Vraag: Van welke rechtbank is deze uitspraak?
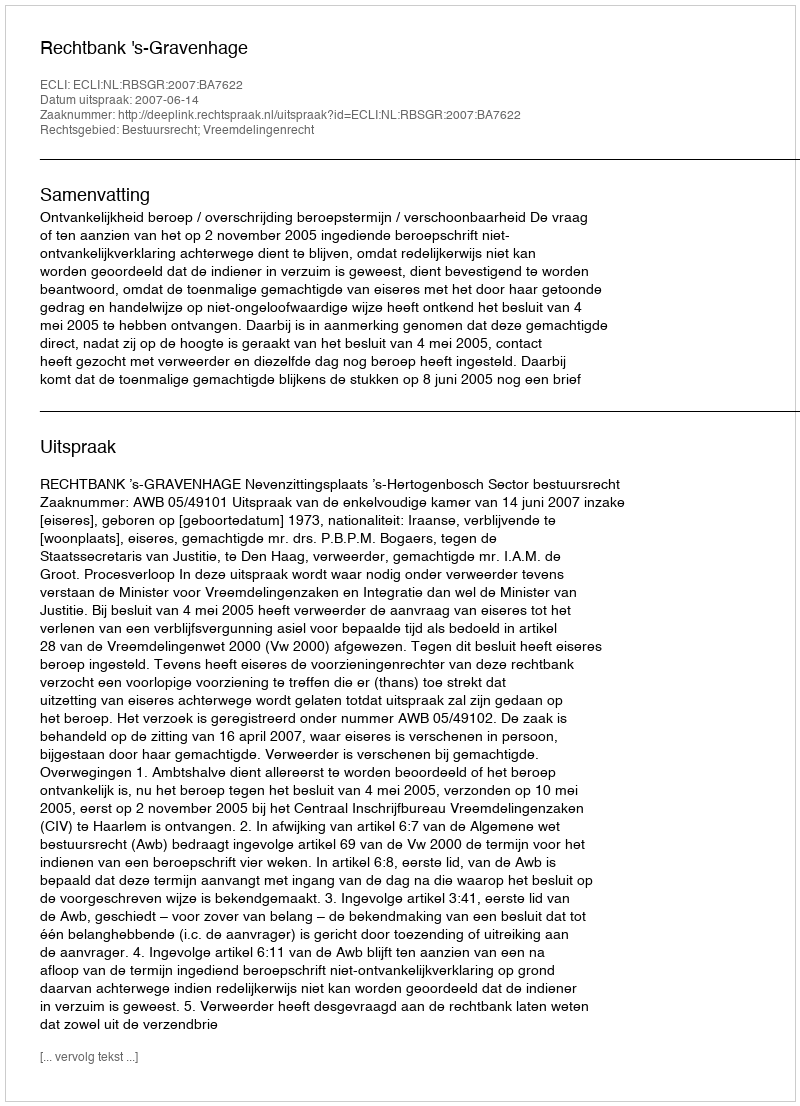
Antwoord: Rechtbank 's-Gravenhage